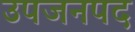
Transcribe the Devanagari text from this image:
उपजनपद